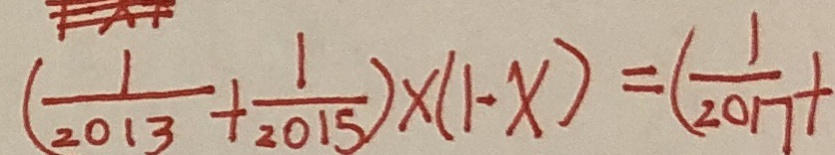
( \frac { 1 } { 2 0 1 3 } + \frac { 1 } { 2 0 1 5 } ) \times ( 1 - x ) = ( \frac { 1 } { 2 0 1 7 } +